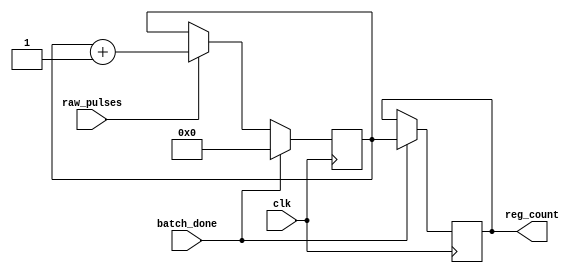
`timescale 1ns / 1ps
//////////////////////////////////////////////////////////////////////////////////
// Company: 
// Engineer: 
// 
// Design Name: 
// Module Name: register_pulse
// Project Name: 
// Target Devices: 
// Tool Versions: 
// Description: 
// 
// Dependencies: 
// 
// Revision:
// Revision 0.01 - File Created
// Additional Comments:
// 
//////////////////////////////////////////////////////////////////////////////////


module count_pulses(input clk, raw_pulses, batch_done,
                    output [7:0] reg_count
    );
    
    reg [7:0] q; 
    reg [7:0] current_count;
    
    always @(posedge clk)
    begin
        if (batch_done)
        begin
            current_count <= q;
            q <= 0;
        end
        else if(raw_pulses)
        begin
            q <= q+1;
            current_count <= current_count;
        end
        else
        begin
            q <= q;
            current_count <= current_count;
        end
    end
        
    assign reg_count = current_count;
    
    initial
    begin
    q = 0;
    current_count = 0;
    end
    
endmodule